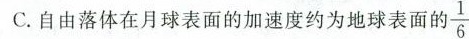
C.自由落体在月球表面的加速度约为地球表面的 \frac{1}{6}